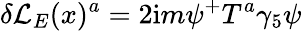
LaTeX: \delta{\cal L}_{E}(x)^{a}=2\mathrm{i}m\psi^{+}T^{a}\gamma_{5}\psi